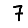
Digit: 7